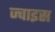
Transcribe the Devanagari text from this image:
ज्वाइस